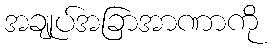
အချုပ်အခြာအာဏာကို